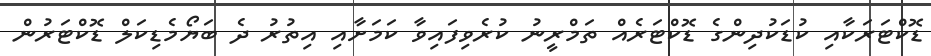
ޑޮކްޓަރަކާއި ކުޑަކުދިންގެ ޑޮކްޓަރެއް ތަމްރީނު ކުރެވިފައިވާ ކަމަށާއި އިތުރު ދެ ބަޔޯމެޑިކަލް ޑޮކްޓަރުން